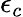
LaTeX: \epsilon_{c}